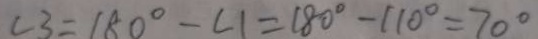
\angle 3 = 1 8 0 ^ { \circ } - \angle 1 = 1 8 0 ^ { \circ } - 1 1 0 ^ { \circ } = 7 0 ^ { \circ }